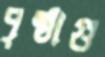
পৃষ্ঠাগু